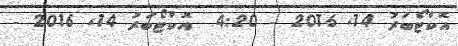
އޮކްޓޯބަރު 14